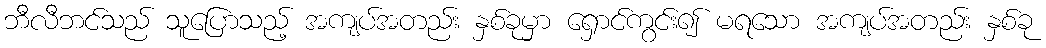
ဘီလီဘင်သည် သူပြောသည့် အကျပ်အတည်း နှစ်ခုမှာ ရှောင်ကွင်း၍ မရသော အကျပ်အတည်း နှစ်ခု